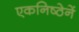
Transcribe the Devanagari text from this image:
एकनिष्ठेनें